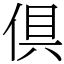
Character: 倶